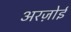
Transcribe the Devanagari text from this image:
अरज़ोई